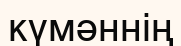
күмәннің